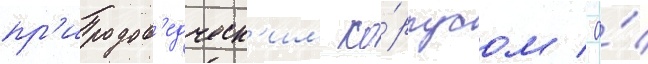
пр'иродов'едческ'им ко́рпусом / а́